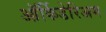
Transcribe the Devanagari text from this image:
ऑर्किडेरिअम